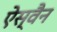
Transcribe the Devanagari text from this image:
ऐस्वैन